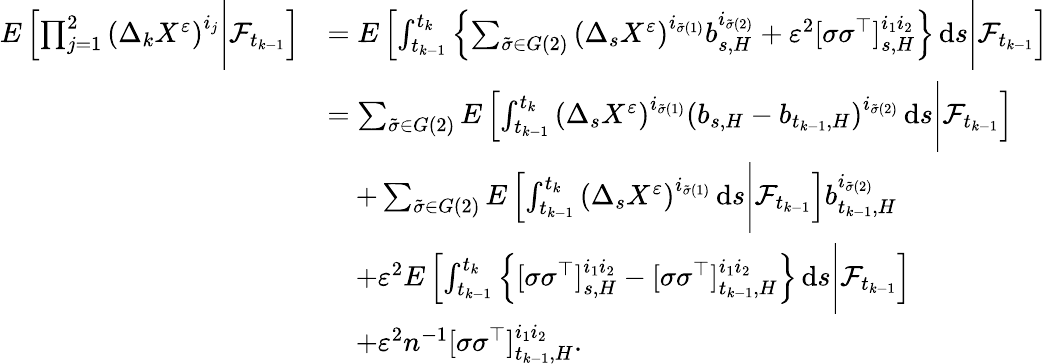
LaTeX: \begin{array}{rl}{E\left[\prod_{j=1}^{2}\left(\Delta_{k}X^{\varepsilon}\right)^{i_{j}}\Bigg|\mathcal{F}_{t_{k-1}}\right]}&{=E\left[\int_{t_{k-1}}^{t_{k}}\left\{ \sum_{\tilde{\sigma}\in G(2)}\left(\Delta_{s}X^{\varepsilon}\right)^{i_{\tilde{\sigma}(1)}}b_{s,H}^{i_{\tilde{\sigma}(2)}}+\varepsilon^{2}[\sigma\sigma^{\top}]_{s,H}^{i_{1}i_{2}}\right\} \, \mathrm{d}s\Bigg|\mathcal{F}_{t_{k-1}}\right]}\\ &{=\sum_{\tilde{\sigma}\in G(2)}E\left[\int_{t_{k-1}}^{t_{k}}\left(\Delta_{s}X^{\varepsilon}\right)^{i_{\tilde{\sigma}(1)}}\left(b_{s,H}-b_{t_{k-1},H}\right)^{i_{\tilde{\sigma}(2)}}\, \mathrm{d}s\Bigg|\mathcal{F}_{t_{k-1}}\right]}\\ &{\quad+\sum_{\tilde{\sigma}\in G(2)}E\left[\int_{t_{k-1}}^{t_{k}}\left(\Delta_{s}X^{\varepsilon}\right)^{i_{\tilde{\sigma}(1)}}\, \mathrm{d}s\Bigg|\mathcal{F}_{t_{k-1}}\right]b_{t_{k-1},H}^{i_{\tilde{\sigma}(2)}}}\\ &{\quad+\varepsilon^{2}E\left[\int_{t_{k-1}}^{t_{k}}\left\{ [\sigma\sigma^{\top}]_{s,H}^{i_{1}i_{2}}-[\sigma\sigma^{\top}]_{t_{k-1},H}^{i_{1}i_{2}}\right\} \, \mathrm{d}s\Bigg|\mathcal{F}_{t_{k-1}}\right]}\\ &{\quad+\varepsilon^{2}n^{-1}[\sigma\sigma^{\top}]_{t_{k-1},H}^{i_{1}i_{2}}.}\end{array}